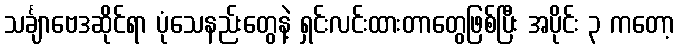
သင်္ချာဗေဒဆိုင်ရာ ပုံသေနည်းတွေနဲ့ ရှင်းလင်းထားတာတွေဖြစ်ပြီး အပိုင်း ၃ ကတော့